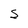
Character: S